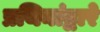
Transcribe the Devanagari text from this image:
प्रथिनांद्वारे